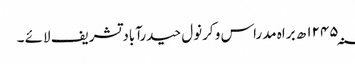
۱۲۴۵؁ ھ براہ مدراس و کرنول حیدرآباد تشریف لائے ۔